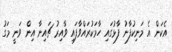
އެކަން އެ މަނިކުފާނު ފާޅުގައި ހާމަކުރައްވާފައި ވާއިރު ޗައިނާ އިން ވަނީ މަގު